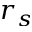
r _ { s }